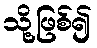
သို့ဖြစ်၍